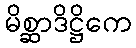
မိစ္ဆာဒိဋ္ဌိကေ